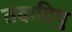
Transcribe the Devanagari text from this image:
तदादिषु